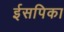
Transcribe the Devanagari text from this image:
ईसपिका